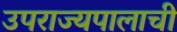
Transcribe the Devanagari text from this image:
उपराज्यपालाची